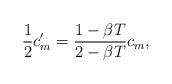
LaTeX: \begin{align*}\frac{1}{2}c'_m = \frac{1-\beta T}{2-\beta T} c_m,\end{align*}